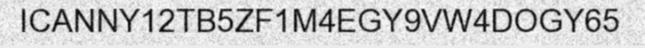
ICANNY12TB5ZF1M4EGY9VW4DOGY65